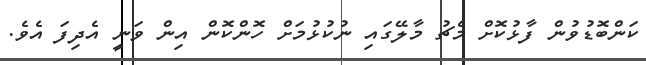
ކަންބޮޑުވުން ފާޅުކޮށް މެޗު މާލޭގައި ނުކުޅުމަށް ހޮންކޮން އިން ވަނީ އެދިފަ އެވެ.